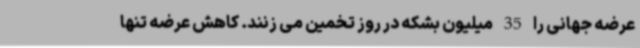
عرضه جهانی را 35 میلیون بشکه در روز تخمین می زنند. کاهش عرضه تنها